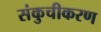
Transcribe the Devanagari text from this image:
संकुचीकरण